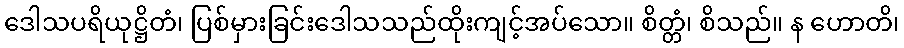
ဒေါသပရိယုဋ္ဌိတံ၊ ပြစ်မှားခြင်းဒေါသသည်ထိုးကျင့်အပ်သော။ စိတ္တံ၊ စိသည်။ န ဟောတိ၊